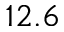
1 2 . 6